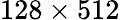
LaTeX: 128\times 512